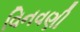
વિનવણી